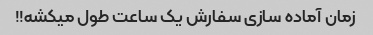
زمان آماده سازی سفارش یک ساعت طول میکشه!!